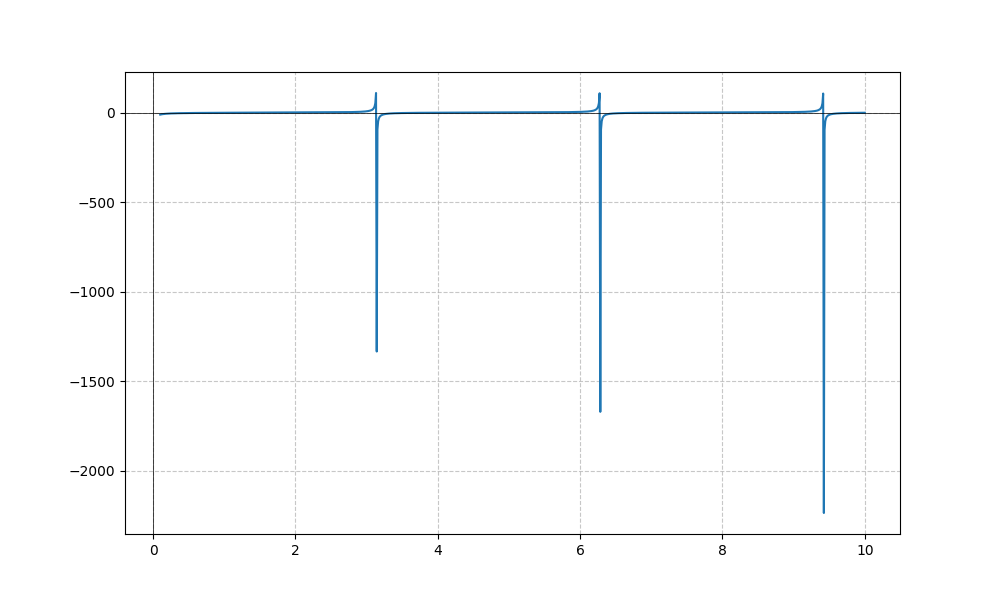
LaTeX formula: \frac{\log{\left(x \right)}}{\log{\left(10 \right)}} - \cot{\left(x \right)}